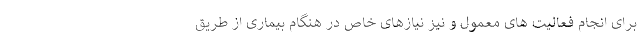
برای انجام فعالیت های معمول و نیز نیازهای خاص در هنگام بیماری از طریق